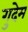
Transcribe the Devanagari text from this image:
गुदेम